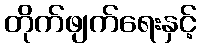
တိုက်ဖျက်ရေးနှင့်